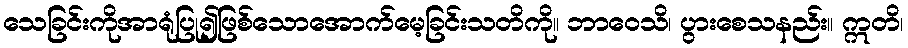
သေခြင်းကိုအာရုံပြု၍ဖြစ်သောအောက်မေ့ခြင်းသတိကို။ ဘာဝေသိ၊ ပွားစေသနည်း။ ဣတိ၊